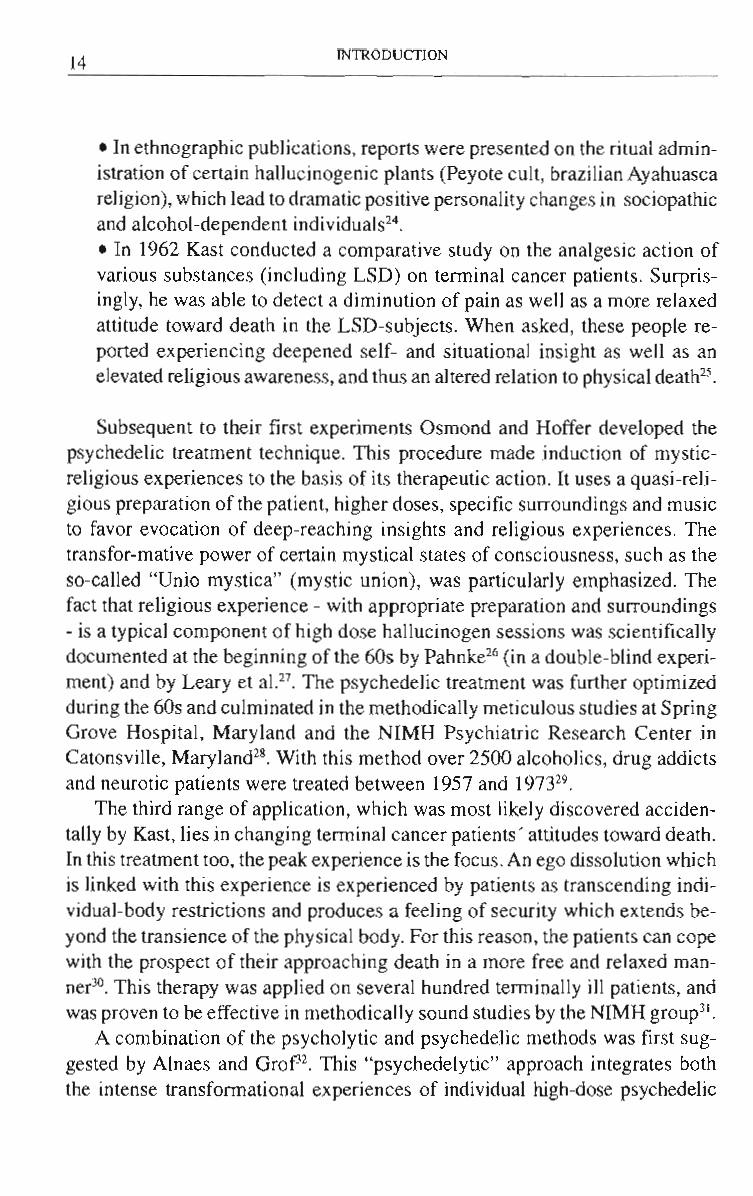
14               INTRODUCTION
 • In ethnographic publications, reports were presented on the ritual admin­
 istration of certain hallucinogenic plants (Peyote cult, brazilian Ayahuasca
 religion), which lead to dramatic positive personality changes in sociopathic
 24
 and alcohol-dependent individuals .
 • In 1962 Kast conducted a comparative study on the analgesic action of
 various substances (including LSD) on terminal cancer patients. Surpris­
 ingly, he was able to detect a diminution of pain as well as a more relaxed
 attitude toward death in the LSD-subjects. When asked, these people re­
 ported experiencing deepened self- and situational insight as well as an
 25
 elevated religious awareness, and thus an altered relation to physical death .
 Subsequent to their first experiments Osmond and Hoffer developed the
 psychedelic treatment technique. This procedure made induction of mystic­
 religious experiences to the basis of its therapeutic action. It uses a quasi-reli­
 gious preparation of the patient, higher doses, specific surroundings and music
 to favor evocation of deep-reaching insights and religious experiences. The
 transfor-mative power of certain mystical states of consciousness, such as the
 so-called "Unio mystica" (mystic union), was particularly emphasized. The
 fact that religious experience - with appropriate preparation and surroundings
 -is a typical component of high dose hallucinogen sessions was scientifically
 26
 documented at the beginning of the 60s by Pahnke (in a double-blind experi­
 ment) and by Leary et al Y. The psychedelic treatment was further optimized
 during the 60s and culminated in the methodically meticulous studies at Spring
 Grove Hospital, Maryland and the NIMH Psychiatric Research Center in
 28
 Catonsville, Maryland . With this method over 2500 alcoholics, drug addicts
 29
 and neurotic patients were treated between 1957 and 1973 .
 The third range of application, which was most likely discovered acciden­
 tally by Kast, lies in changing terminal cancer patients' attitudes toward death.
 In this treatment too, the peak experience is the focus . An ego dissolution which
 is linked with this experience is experienced by patients as transcending indi­
 vidual-body restrictions and produces a feeling of security which extends be­
 yond the transience of the physical body. For this reason, the patients can cope
 with the prospect of their approaching death in a more free and relaxed man­
 ner30. This therapy was applied on several hundred terminally ill patients, and
 was proven to be effective in methodically sound studies by the NIMH group31.
 A combination of the psycholytic and psychedelic methods was first sug­
 gested by Alnaes and Grop2. This "psychedelytic" approach integrates both
 the intense transformational experiences of individual high-dose psychedelic